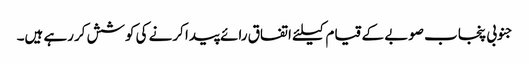
جنوبی پنجاب صوبے کے قیام کیلئے اتفاق رائے پیدا کرنے کی کوشش کررہے ہیں۔